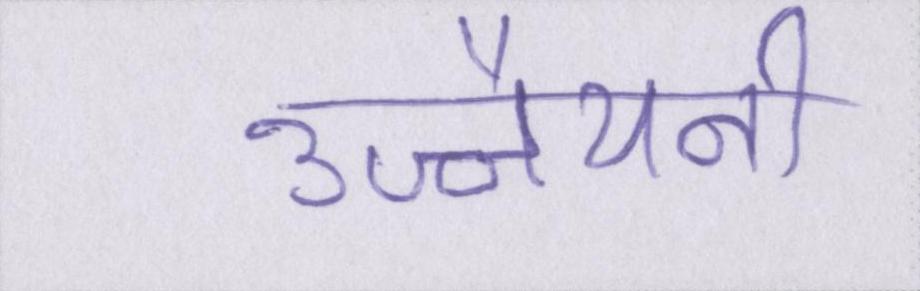
उज्जैयनी